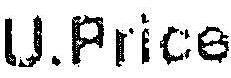
U.PRICE